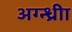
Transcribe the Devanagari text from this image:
अग्न्ध्रीा